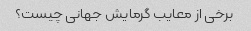
برخی از معایب گرمایش جهانی چیست؟